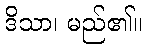
ဒိသာ၊ မည်၏။